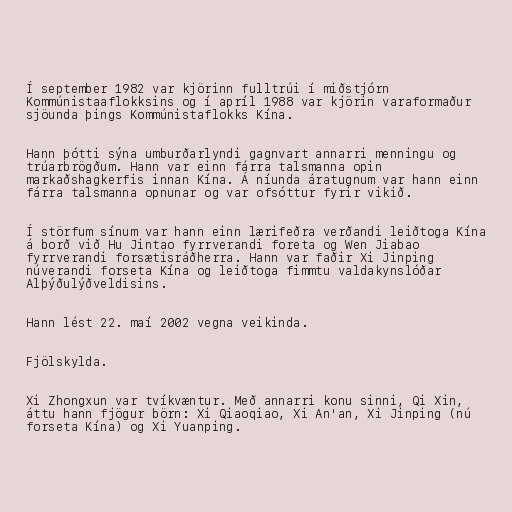
Í september 1982 var kjörinn fulltrúi í miðstjórn
Kommúnistaaflokksins og í apríl 1988 var kjörin varaformaður
sjöunda þings Kommúnistaflokks Kína.

Hann þótti sýna umburðarlyndi gagnvart annarri menningu og
trúarbrögðum. Hann var einn fárra talsmanna opin
markaðshagkerfis innan Kína. Á níunda áratugnum var hann einn
fárra talsmanna opnunar og var ofsóttur fyrir vikið.

Í störfum sínum var hann einn lærifeðra verðandi leiðtoga Kína
á borð við Hu Jintao fyrrverandi foreta og Wen Jiabao
fyrrverandi forsætisráðherra. Hann var faðir Xi Jinping
núverandi forseta Kína og leiðtoga fimmtu valdakynslóðar
Alþýðulýðveldisins.

Hann lést 22. maí 2002 vegna veikinda.

Fjölskylda.

Xi Zhongxun var tvíkvæntur. Með annarri konu sinni, Qi Xin,
áttu hann fjögur börn: Xi Qiaoqiao, Xi An'an, Xi Jinping (nú
forseta Kína) og Xi Yuanping.